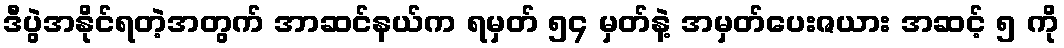
ဒီပွဲအနိုင်ရတဲ့အတွက် အာဆင်နယ်က ရမှတ် ၅၄ မှတ်နဲ့ အမှတ်ပေးဇယား အဆင့် ၅ ကို